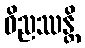
ဝိညဿန္တိ